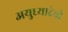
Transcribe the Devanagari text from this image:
अयुध्यादेवी